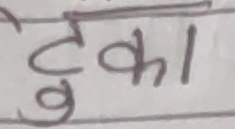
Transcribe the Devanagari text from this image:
टुका